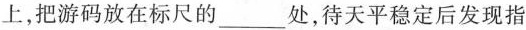
上，把游码放在标尺的___处，待天平稳定后发现指